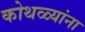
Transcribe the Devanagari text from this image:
कोथळ्यांना